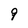
Character: 9